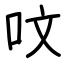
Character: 呅